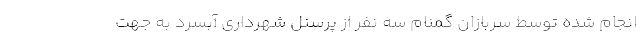
انجام شده توسط سربازان گمنام سه نفر از پرسنل شهرداری آبسرد به جهت